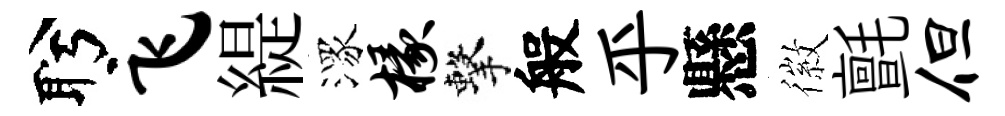
盻飞緹潈椽擊般乎懸徽氈但